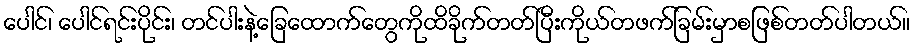
ပေါင်၊ ပေါင်ရင်းပိုင်း၊ တင်ပါးနဲ့ခြေထောက်တွေကိုထိခိုက်တတ်ပြီးကိုယ်တဖက်ခြမ်းမှာစဖြစ်တတ်ပါတယ်။